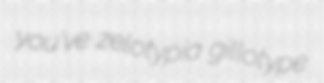
you've zelotypia gillotype